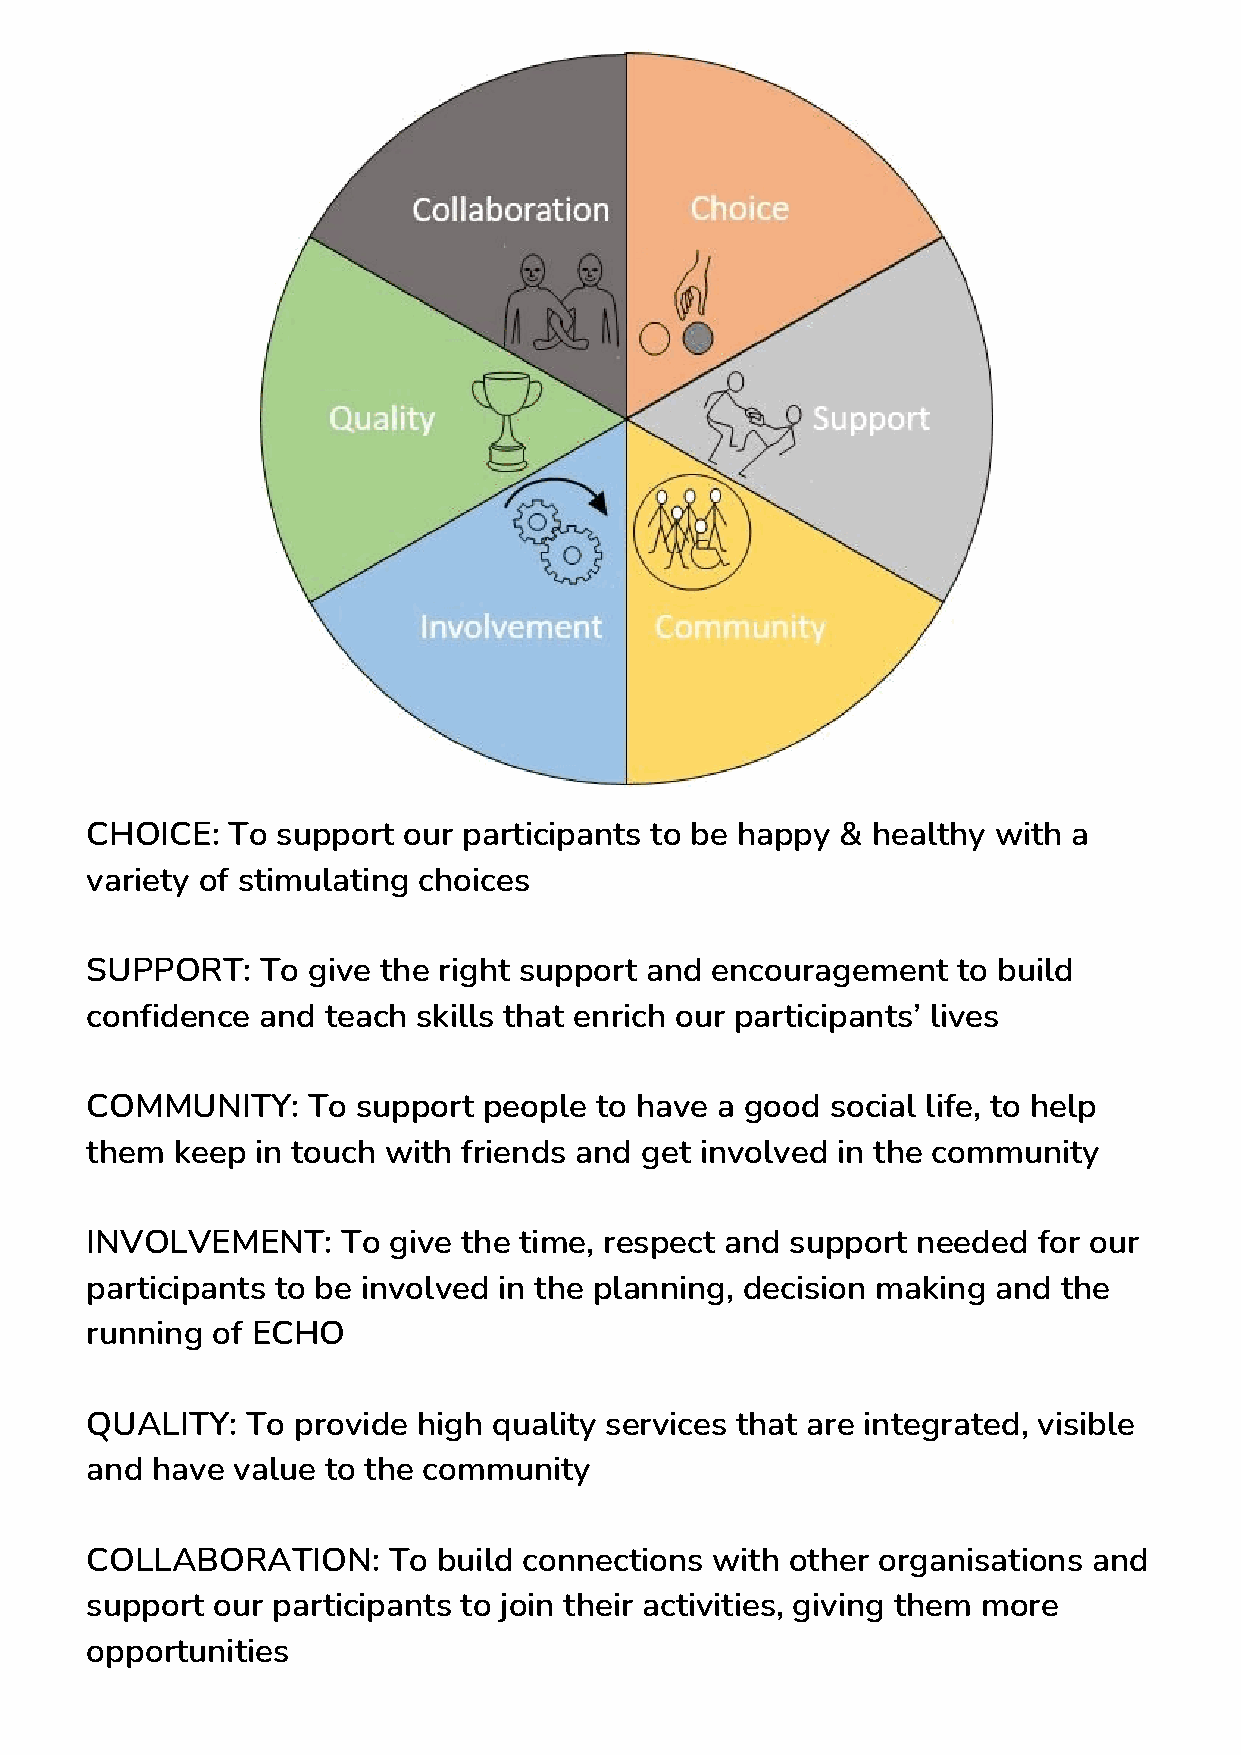
CHOICE:  To support  our participants to be happy & healthy with a
 variety of stimulating choices
 SUPPORT:   To give the right support and encouragement   to build
 confidence and teach  skills that enrich our participants’ lives
 COMMUNITY:    To  support people to have a good  social life, to help
 them keep  in touch with friends and get involved in the community
 INVOLVEMENT:     To give the time, respect and support needed  for our
 participants to be involved in the planning, decision making and the
 running of ECHO
 QUALITY:  To provide  high quality services that are integrated, visible
 and have value to the community
 COLLABORATION:      To build connections with other organisations and
 support our participants to join their activities, giving them more
 opportunities